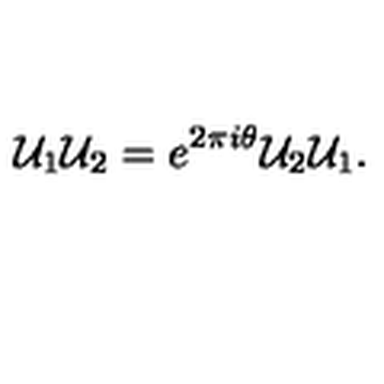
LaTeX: { \cal U } _ { 1 } { \cal U } _ { 2 } = e ^ { 2 \pi i \theta } { \cal U } _ { 2 } { \cal U } _ { 1 } .